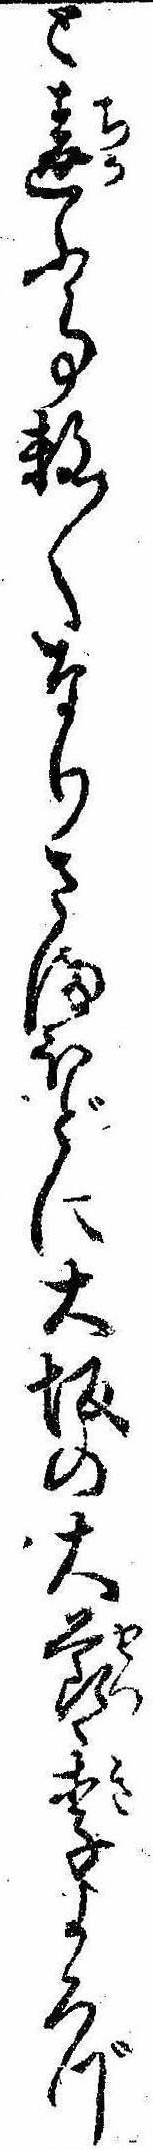
と違ふ事数〱なりさまほどに大坂の大節季よろづ